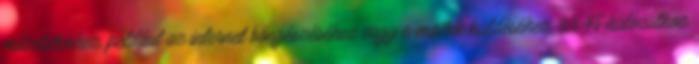
műveletekhez, például az internet böngészéséhez vagy e-mailek küldéséhez, Wi-Fi-hálózathoz